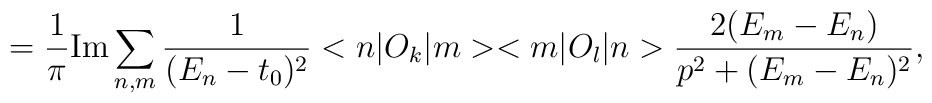
=\frac{1}{\pi } {\rm Im} \sum_{n,m} \frac{1}{(E_{n}-t_0)^{2}} <n| O_{k}|m><m| O_{l} |n>\frac{2(E_{m} -E_{n})}{p^{2} + (E_{m} - E_{n} )^{2}},